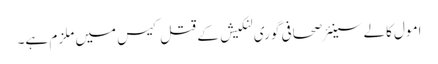
امول کالے سینئر صحافی گوری لنکیش کے قتل کیس میں ملزم ہے۔